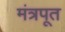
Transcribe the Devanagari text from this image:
मंत्रपूत